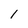
Character: 1